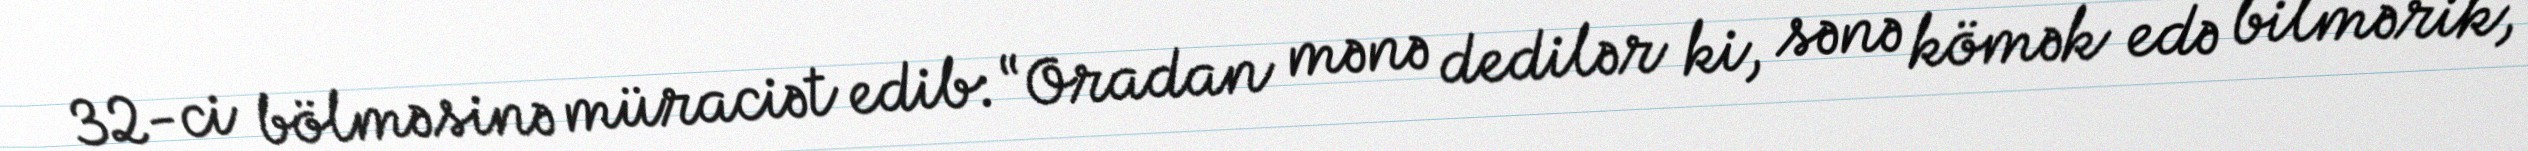
32-ci bölməsinə müraciət edib: “Oradan mənə dedilər ki, sənə kömək edə bilmərik,